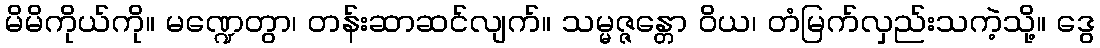
မိမိကိုယ်ကို။ မဏ္ဍေတွာ၊ တန်းဆာဆင်လျက်။ သမ္မဇ္ဇန္တော ဝိယ၊ တံမြက်လှည်းသကဲ့သို့။ ဒွေ